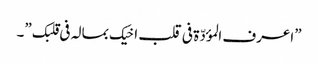
”اعرف المؤدّة فی قلب اخیک بمالہ فی قلبک ”۔